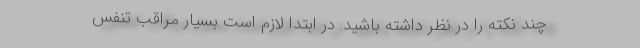
چند نکته را در نظر داشته باشید: در ابتدا لازم است بسیار مراقب تنفس